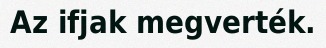
Az ifjak megverték.